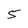
Character: 5